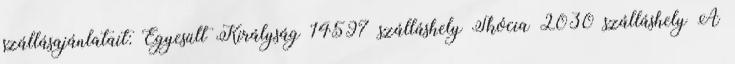
szállásajánlatait: Egyesült Királyság 14597 szálláshely Skócia 2030 szálláshely A